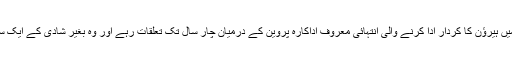
بھارتی میڈیا کا کہناہے کہ ڈینی اور 70سے 80کہ دہائی میں انتہائی کامیاب ترین فلموں میں ہیرﺅن کا کردار ادا کرنے والی انتہائی معروف اداکارہ پروین کے درمیان چار سال تک تعلقات رہے اور وہ بغیر شادی کے ایک ساتھ ایک ہی گھر میں رہتے رہے جو کہ 70 کی دہائی میں بہت بڑی بات مانی جاتی تھی ۔